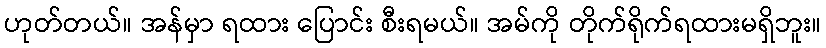
ဟုတ်တယ်။ အန်မှာ ရထား ပြောင်း စီးရမယ်။ အမ်ကို တိုက်ရိုက်ရထားမရှိဘူး။